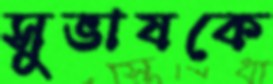
সুভাষকে